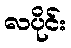
လပိုင်း